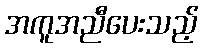
အကူအညီပေးသည့်